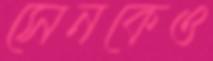
সেনকেও